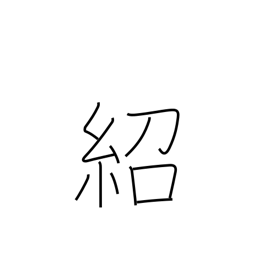
Meaning: introduce